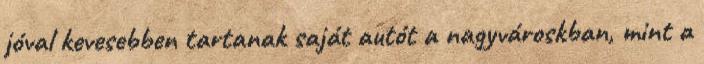
jóval kevesebben tartanak saját autót a nagyvároskban, mint a